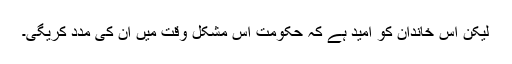
لیکن اس خاندان کو امید ہے کہ حکومت اس مشکل وقت میں ان کی مدد کریگی۔